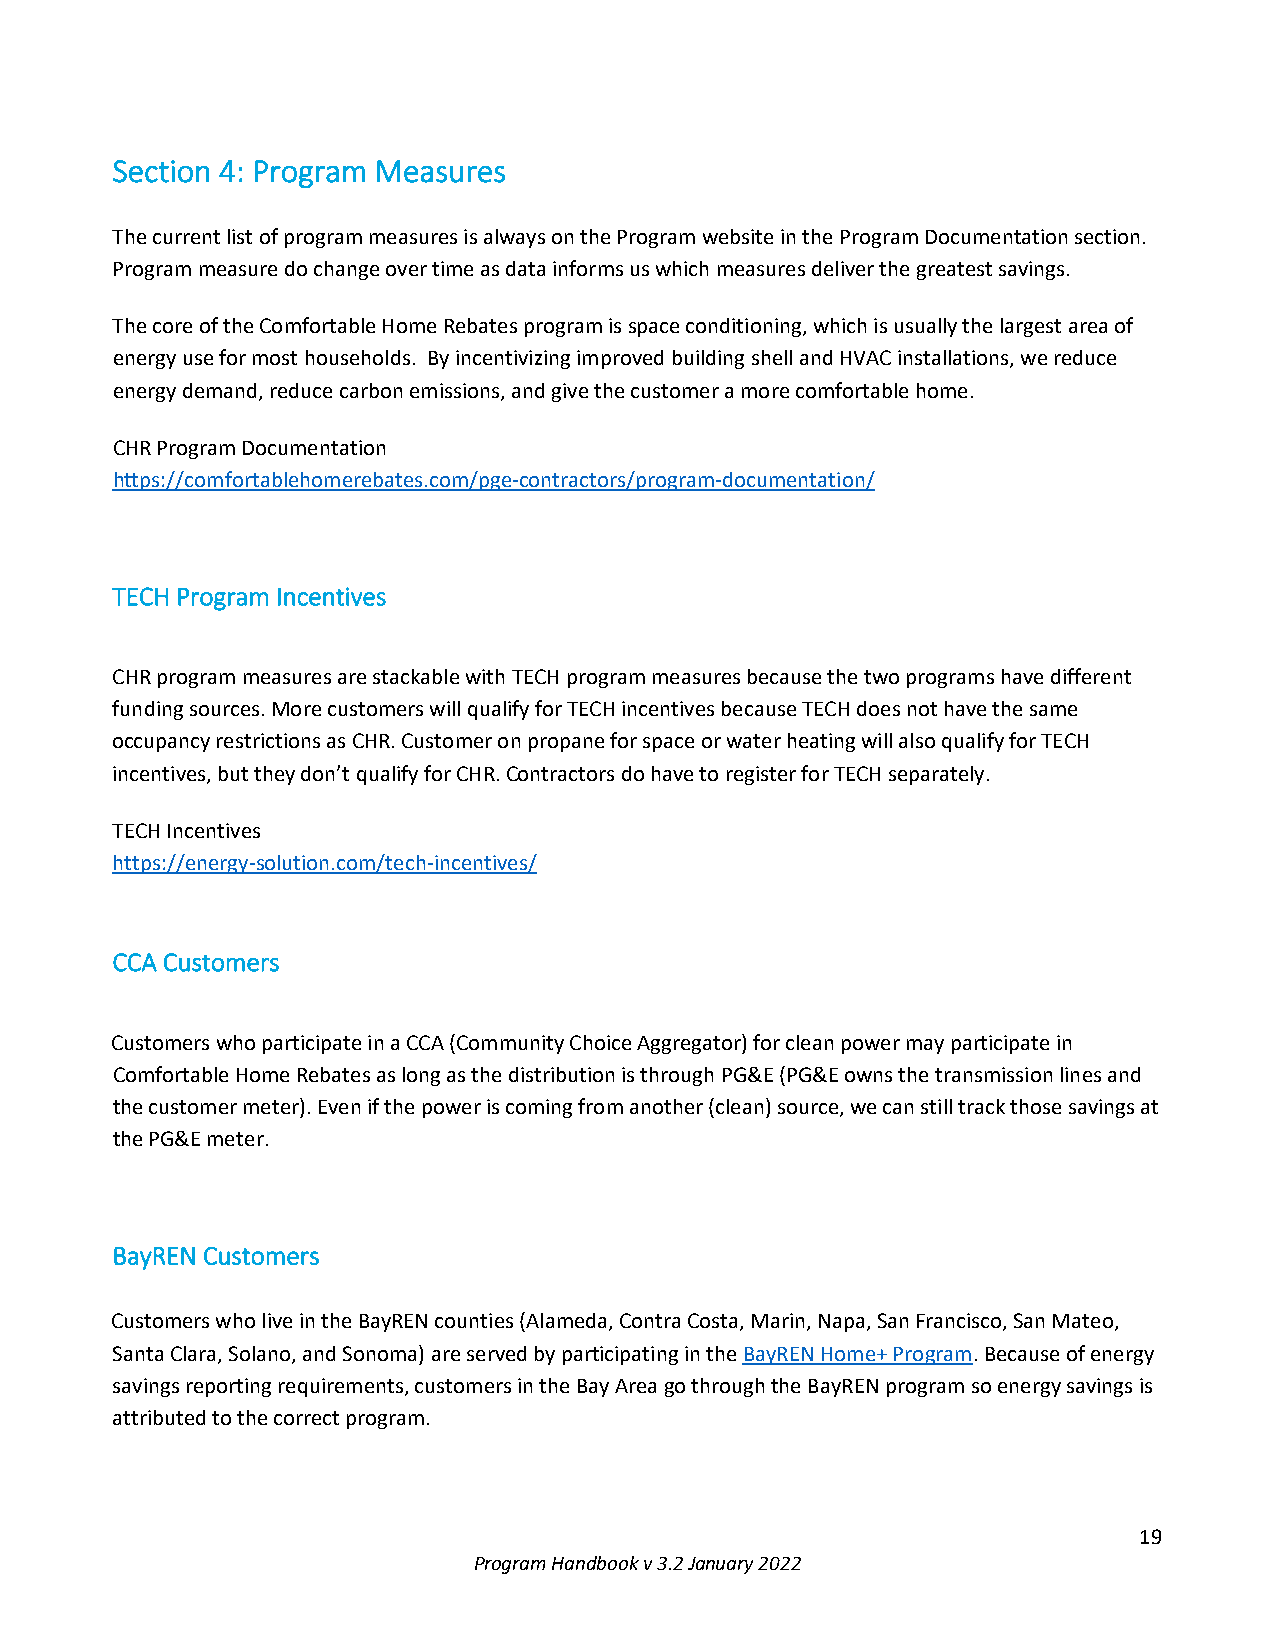
Section 4: Program Measures
 The current list of program measures is always on the Program website in the Program Documentation section.
 Program measure do change over time as data informs us which measures deliver the greatest savings.
 The core of the Comfortable Home Rebates program is space conditioning, which is usually the largest area of
 energy use for most households. By incentivizing improved building shell and HVAC installations, we reduce
 energy demand, reduce carbon emissions, and give the customer a more comfortable home.
 CHR Program Documentation
 https://comfortablehomerebates.com/pge-contractors/program-documentation/
 TECH Program Incentives
 CHR program measures are stackable with TECH program measures because the two programs have different
 funding sources. More customers will qualify for TECH incentives because TECH does not have the same
 occupancy restrictions as CHR. Customer on propane for space or water heating will also qualify for TECH
 incentives, but they don’t qualify for CHR. Contractors do have to register for TECH separately.
 TECH Incentives
 https://energy-solution.com/tech-incentives/
 CCA Customers
 Customers who participate in a CCA (Community Choice Aggregator) for clean power may participate in
 Comfortable Home Rebates as long as the distribution is through PG&E (PG&E owns the transmission lines and
 the customer meter). Even if the power is coming from another (clean) source, we can still track those savings at
 the PG&E meter.
 BayREN Customers
 Customers who live in the BayREN counties (Alameda, Contra Costa, Marin, Napa, San Francisco, San Mateo,
 Santa Clara, Solano, and Sonoma) are served by participating in the BayREN Home+ Program. Because of energy
 savings reporting requirements, customers in the Bay Area go through the BayREN program so energy savings is
 attributed to the correct program.
 19
 Program Handbook v 3.2 January 2022